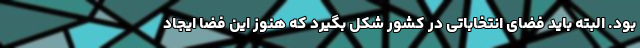
بود. البته باید فضای انتخاباتی در کشور شکل بگیرد که هنوز این فضا ایجاد